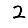
Digit: 2